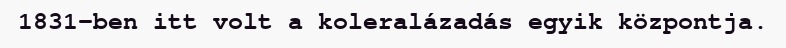
1831-ben itt volt a koleralázadás egyik központja.